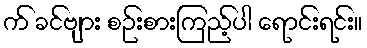
က် ခင်ဗျား စဉ်းစားကြည့်ပါ ရောင်းရင်း။